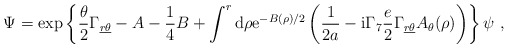
\begin{align*}\Psi = \exp\left\{\frac{\theta}{2} \Gamma_{\underline{r}\underline{\theta}} -A-{1\over 4}B +\int^r{\rm d}\rho{\rm e}^{-B(\rho)/2}\left({1\over 2a}-{\rm i}\Gamma_7{e\over 2}\Gamma_{\underline{r}\underline{\theta}}A_\theta(\rho)\right)\right\}\psi~,\end{align*}